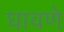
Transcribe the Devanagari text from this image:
घावणे